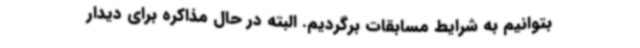
بتوانیم به شرایط مسابقات برگردیم. البته در حال مذاکره برای دیدار